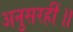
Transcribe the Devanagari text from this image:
अनुसरहीं॥